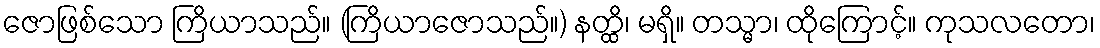
ဇောဖြစ်သော ကြိယာသည်။ (ကြိယာဇောသည်။) နတ္ထိ၊ မရှိ။ တသ္မာ၊ ထိုကြောင့်။ ကုသလတော၊